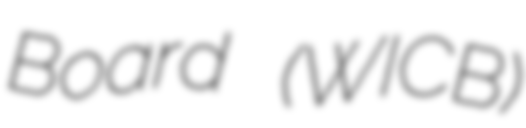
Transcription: Board (WICB)